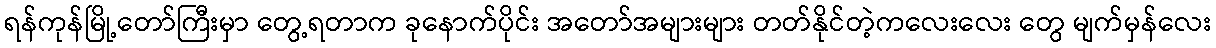
ရန်ကုန်မြို့တော်ကြီးမှာ တွေ့ရတာက ခုနောက်ပိုင်း အတော်အများများ တတ်နိုင်တဲ့ကလေးလေး တွေ မျက်မှန်လေး